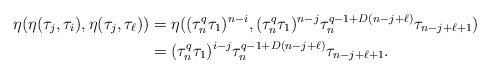
\begin{align*} \eta(\eta(\tau_j, \tau_i), \eta(\tau_j, \tau_\ell))&=\eta((\tau_n^q\tau_1)^{n-i}, (\tau_n^q\tau_1)^{n-j} \tau_n^{q-1+D(n-j+\ell)}\tau_{n-j+\ell+1})\\ &=(\tau_n^q\tau_1)^{i-j} \tau_n^{q-1+D(n-j+\ell)}\tau_{n-j+\ell+1}.\end{align*}